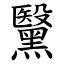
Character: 黳